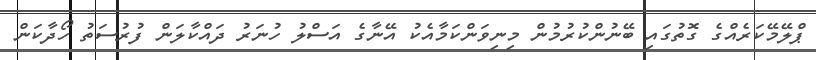
ޕްލޭމޭކަރެއްގެ ގޮތުގައި ބޭނުންކުރުމުން މިނިވަންކަމާއެކު އޭނާގެ އަސްލު ހުނަރު ދައްކާލަން ފުރުސަތު ހޯދާކަން